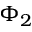
\Phi _ { 2 }